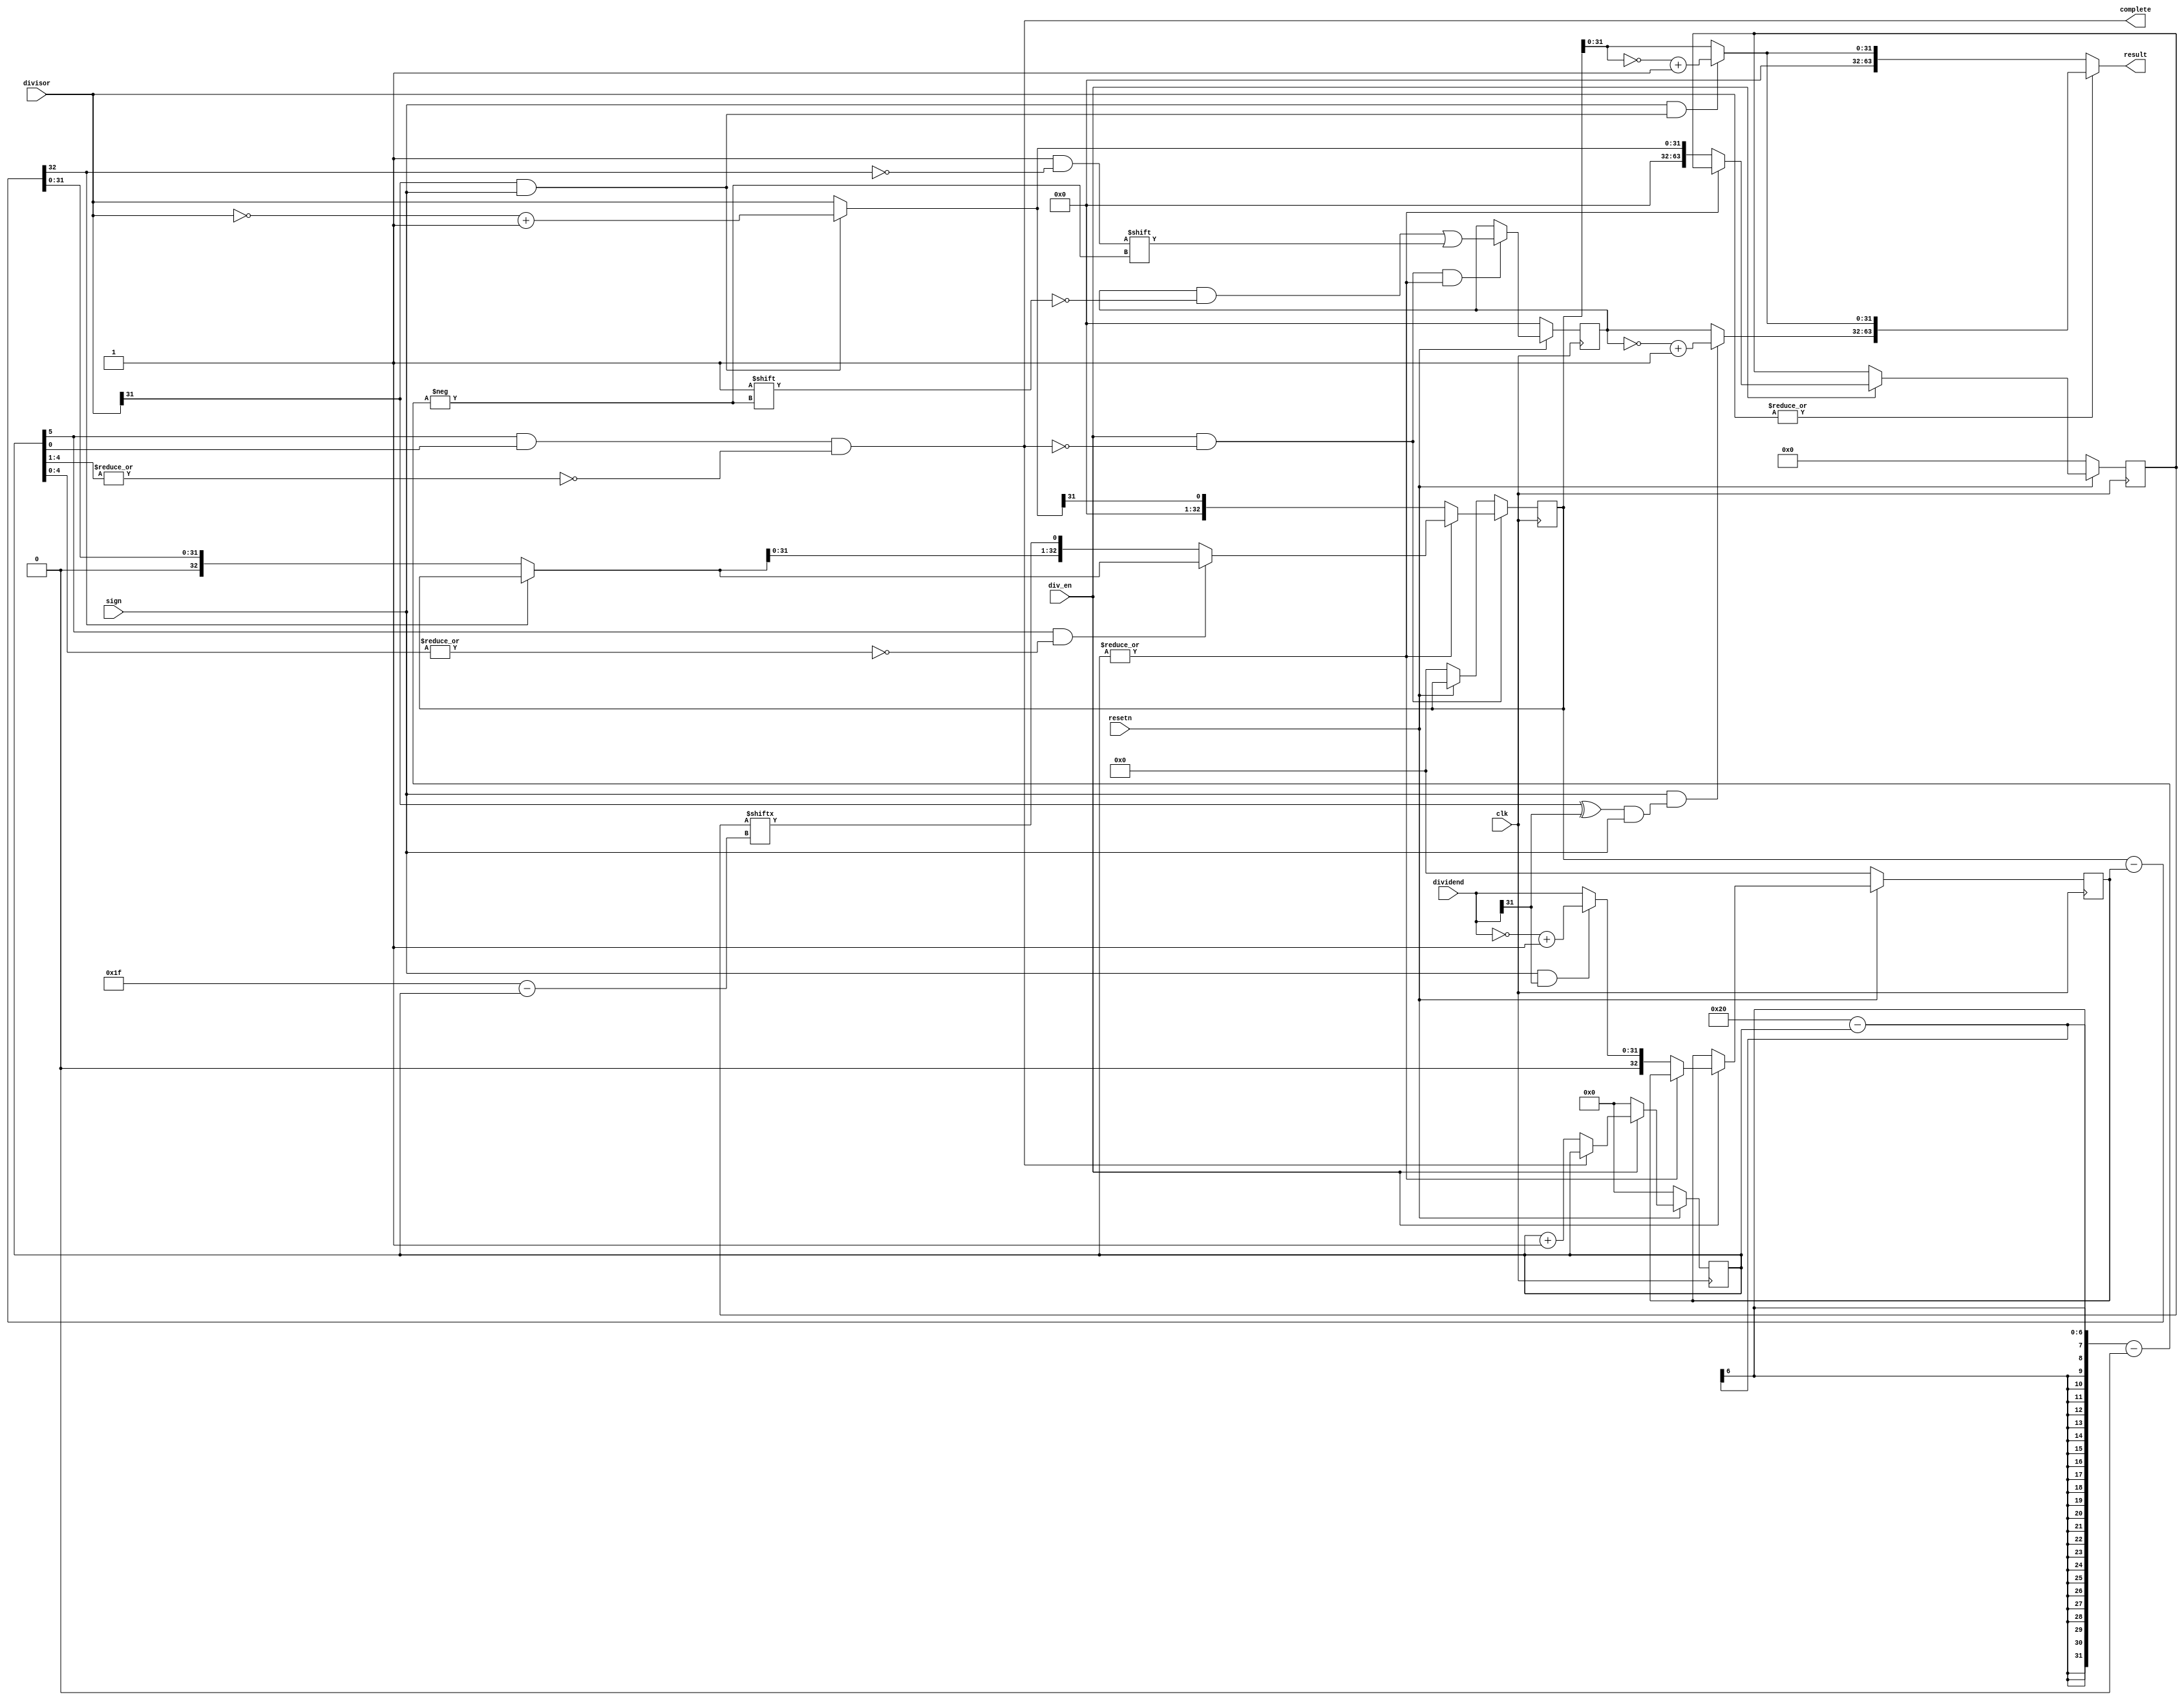
module DIV(
    input  wire    clk,
    input  wire    resetn,
    input  wire    div_en,
    input  wire    sign,
    input  wire [31:0] divisor,   
    input  wire [31:0] dividend,  
    output wire [63:0] result,
    output wire    complete 
);

    wire [31:0] quotient;
    wire [31:0] remainder;
    wire        sign_s;
    wire        sign_r;
    wire [31:0] divisor_abs;
    wire [31:0] dividend_y;
    wire [32:0] pre_r;
    wire [32:0] recover_r;
    reg  [63:0] divisor_pad;
    reg  [32:0] dividend_pad;
    reg  [31:0] quotient_reg;
    reg  [32:0] remainder_reg;    
    reg  [ 5:0] counter;

    assign sign_s = (divisor[31]^dividend[31]) & sign;
    assign sign_r = divisor[31] & sign;
    assign divisor_abs  = (sign & divisor[31]) ? (~divisor+1'b1): divisor;
    assign dividend_y  = (sign & dividend[31]) ? (~dividend+1'b1): dividend;

    assign complete = counter[5]&counter[0]&(~|counter[4:1]);
    
    always @(posedge clk) begin
        if(~resetn) begin
            counter <= 6'b0;
        end
        else if(div_en) begin
            if(complete)
                counter <= counter;
            else
                counter <= counter + 1'b1;
            end
        else begin
                 counter <= 6'b0;            
            end
    end

    always @(posedge clk) begin
        if(~resetn)
            {divisor_pad, dividend_pad} <= {64'b0, 33'b0};
        else if(div_en) begin
            if(~|counter)
                {divisor_pad, dividend_pad} <= {32'b0, divisor_abs, 1'b0, dividend_y};
        end
    end

    assign pre_r =  remainder_reg - dividend_pad;                  
    assign recover_r = pre_r[32] ? remainder_reg : pre_r;    
    always @(posedge clk) begin
        if(~resetn) 
            quotient_reg <= 32'b0;
        else if(div_en & ~complete & |counter) begin
            quotient_reg[32-counter] <= ~pre_r[32];
        end
    end
    always @(posedge clk) begin
        if(~resetn)
            remainder_reg <= 33'b0;
        if(div_en & ~complete) begin
            if(~|counter)   
                remainder_reg <= {32'b0, divisor_abs[31]};
            else
                remainder_reg <=  (counter[5]&(~|counter[4:0])) ? recover_r : {recover_r, divisor_pad[31 - counter]};
        end
    end
    
    assign quotient = sign & sign_s ? (~quotient_reg+1'b1) : quotient_reg;
    assign remainder = sign & sign_r ? (~remainder_reg+1'b1) : remainder_reg;
    
    assign result = (|divisor) ? {quotient,remainder} :{32'b0,remainder }; 
endmodule